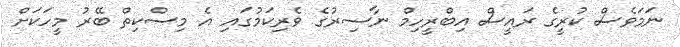
ނަމަވެސް ކުރީގެ ރައީސް އިބްރީހިމް ނާސިރުގެ ވެރިކަމުގައި އެ މިސްކިތް ބޭރު މީހަކަށް